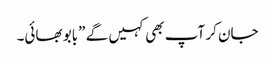
جان کر آپ بھی کہیں گے ”بابو بھائی۔